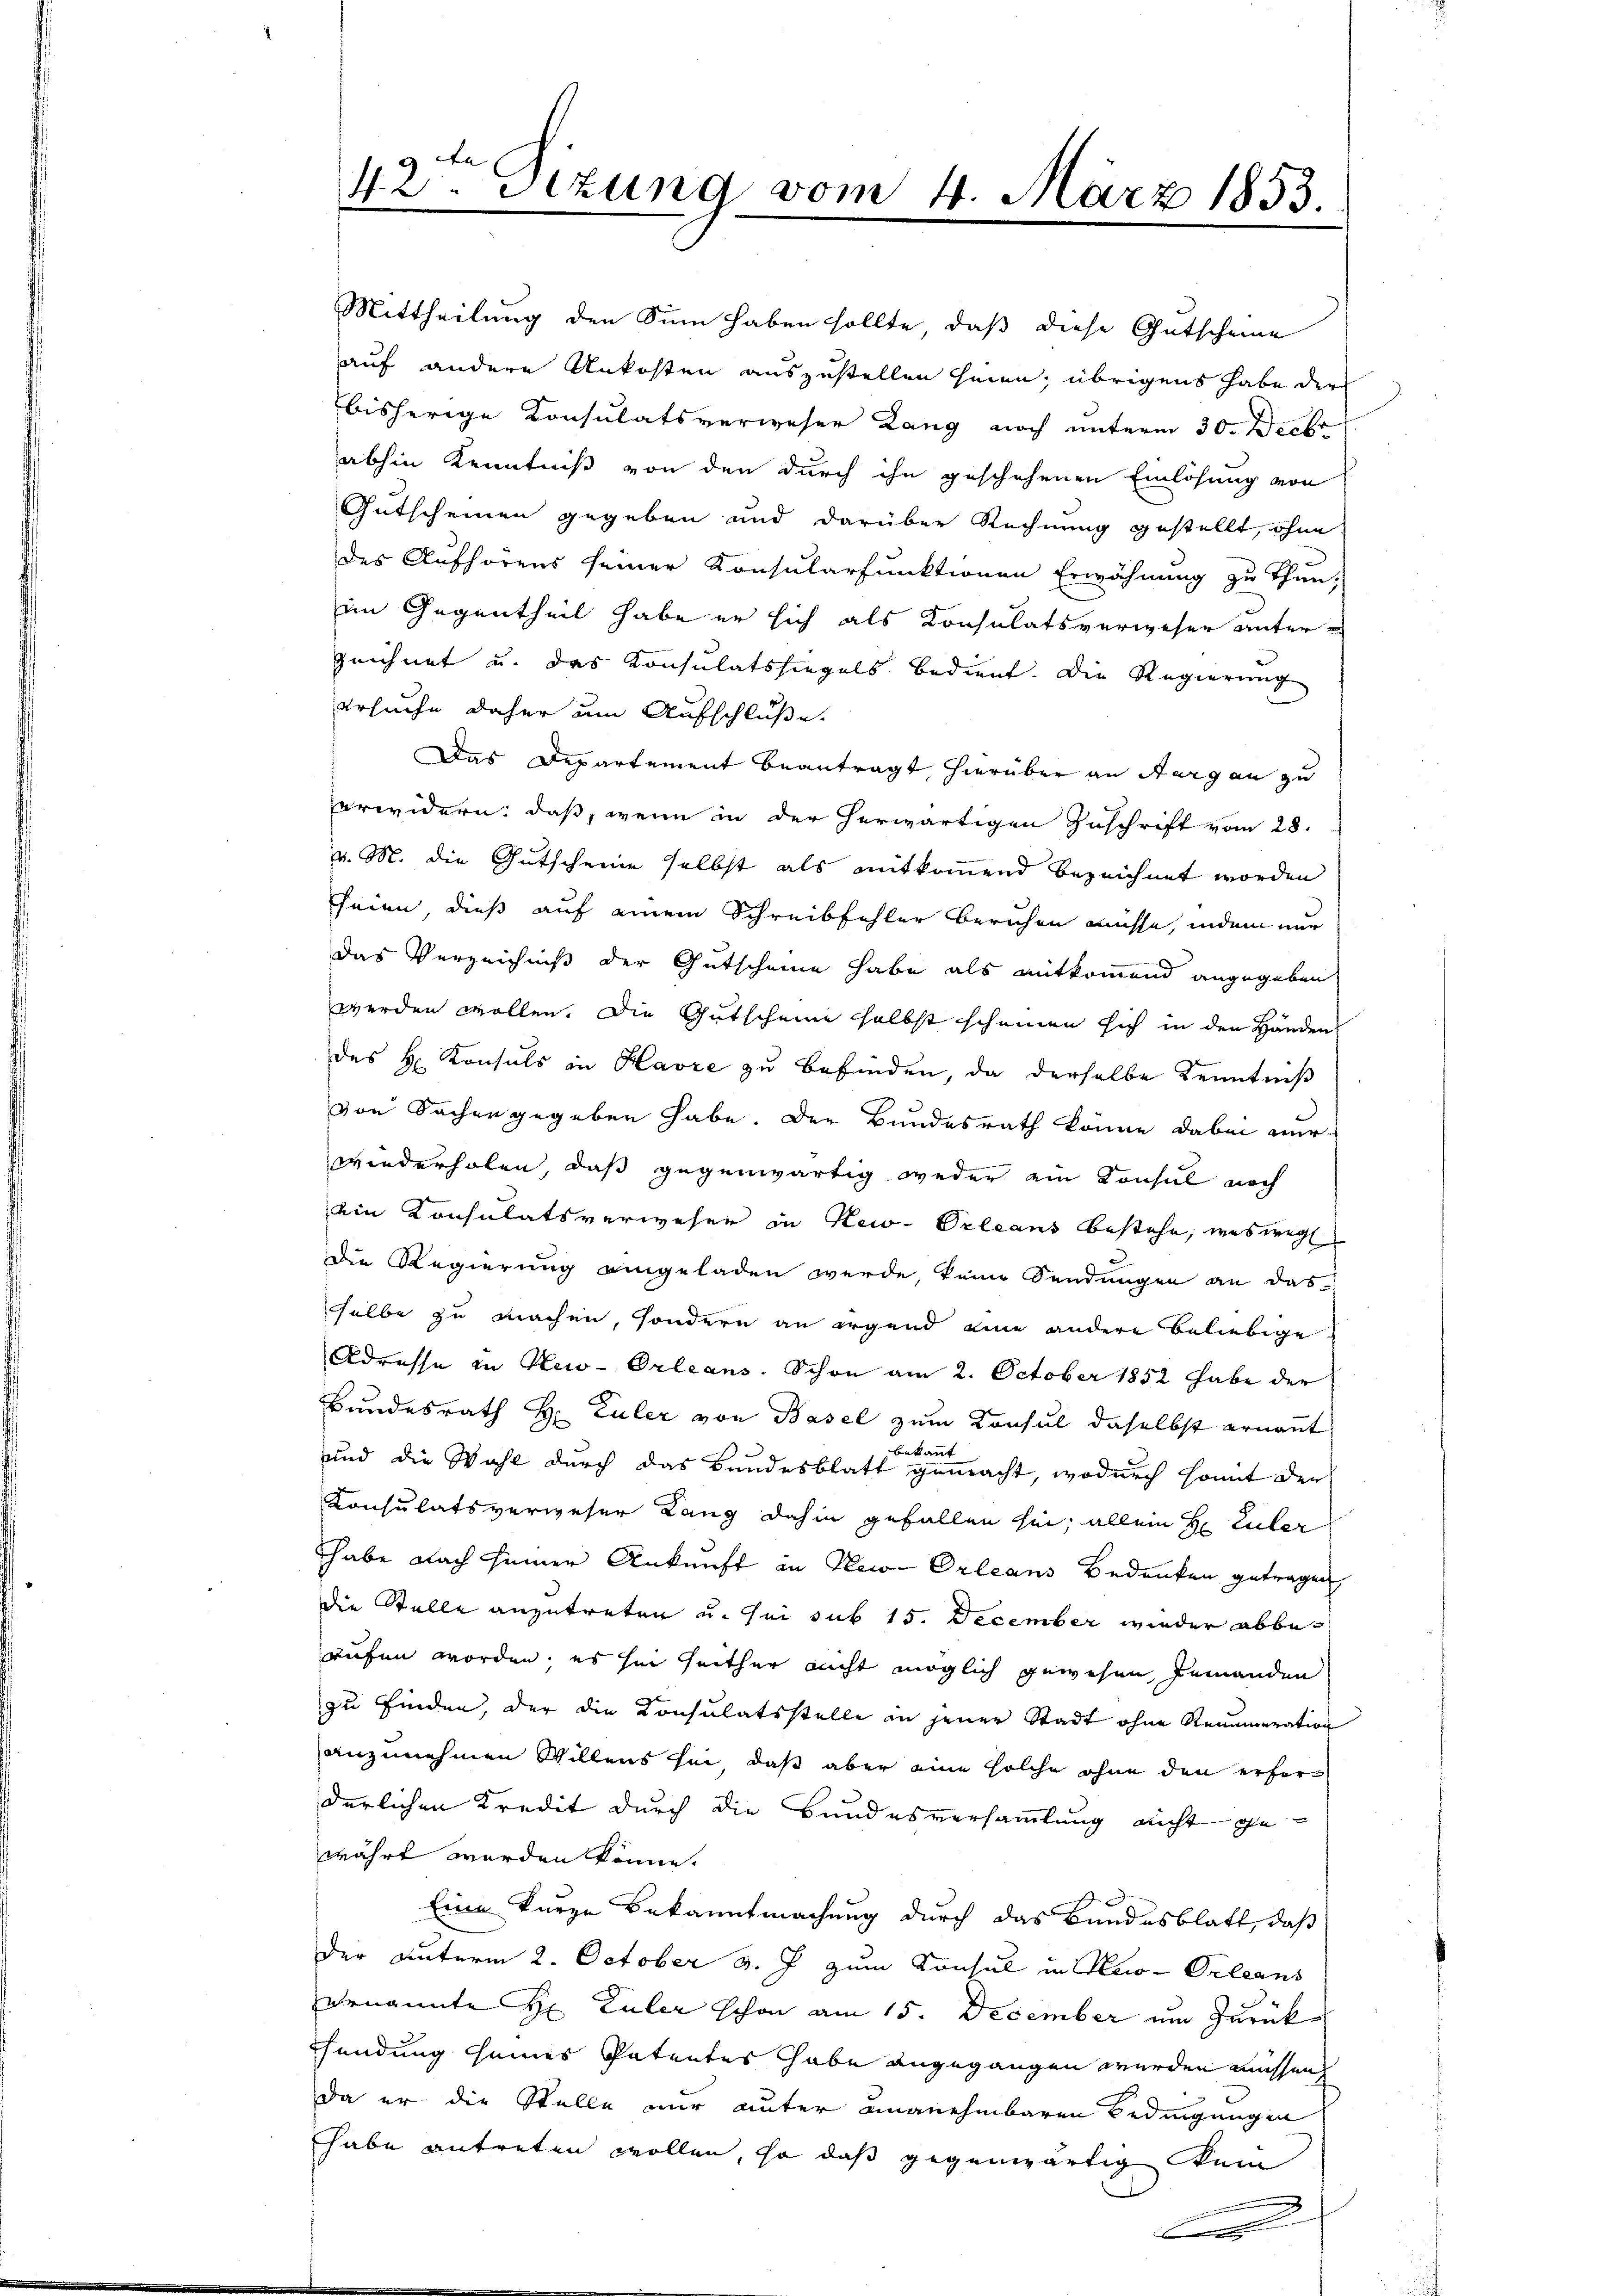
42. Setzung vom 4. März 1853.

Mittheilung den Sinn haben sollte, daß diese Gutscheine
auf andere Unkosten auszustellen seien; übrigens habe der
bisherige Konsulatsverweser Lang noch unterm 30. Decbr
abhin Kenntniß von den durch ihn geschehenen Einlösung von
Gutscheinen gegeben und darüber Rechnung gestellt, ohne
des Aufhörens seiner Konsularfunktionen Erwähnung zu thun.
im Gegentheil habe er sich als Konsulatsverweser unterzeichnet u. das Konsulatssiegels bedient. Die Regierung
ersuche daher um Aufschluße.
Das Departement beantragt, hierüber an Thurgau zu
erwidern: dass, wenn in der herwärtigen Zuschrift vom 28.
v. M. die Gutscheine selbst als mitkommend bezeichnet worden
seien dieß auf einem Schreibfehler beruhen müsse, indem nun
das Verzeichniß der Gutscheine habe als mitkommend angegeben
werden wollen. Die Gutscheine selbst scheinen sich in den Händen
des H. Konsuls in Havre zu befinden, da derselbe Kenntniß
von Sachen gegeben habe. Der Bundesrath könne dabei nur
wiederholen, daß gegenwärtig weder ein Konsul noch
ein Konsulatsverwesen in New-Orleans bestehe, was weg
Die Regierung eingeladen werde, keine Sendungen an das
selbe zu machen, sondern an irgend eine andere Beliebige
Adresse in New-Orleans. Schon am 2. October 1852 habe der
Bundesrath H. Euler von Basel zum Konsul daselbst ernannt
be
kant
und die Wahl durch das Bundesblatt gemacht, wodurch somit der
Konsulatsverweser Lang dahin gefallen sei; allein H Euler
Thabe nach seiner Ankunft in New-Orleans Bedenken getragen
die Stelle anzutreten u. sei sub 15. December wieder abberufen worden; es sei seither nicht möglich gewesen, jemanden
zu finden, der die Konsulatsstelle in jener Stadt ohne Renumeration
anzunehmen Willens sei, daß aber eine solche ohne den erherderlichen Kredit durch die Bundesversammlung nicht gewährt worden könne.
Eine kurze Bekanntmachung durch das Bundesblatt, daß
der unterm 2. October v. J. zum Konsul in New-Orleans
ernannte Hr. Euler schon am 15. December um zurück
Sendung seines Patentes habe angegangen werden müssen,
da er die Stelle nur unter unanehmbaren Bedingungen
habe antreten wollen, so daß gegenwärtig kein
E